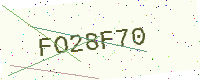
Text: FO28F70